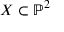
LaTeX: X \subset \mathbb { P } ^ { 2 }